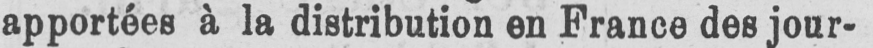
apportées à la distribution en France des jour-